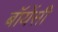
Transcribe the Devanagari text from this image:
बॉयेंसी